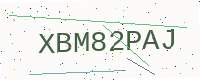
Text: XBM82PAJ